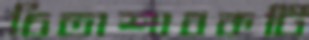
চিতাশাবকটি